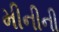
મીનીની